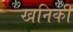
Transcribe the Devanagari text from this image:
खनिकी